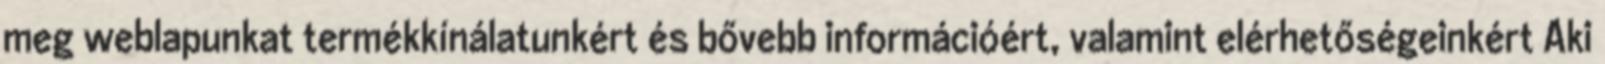
meg weblapunkat termékkínálatunkért és bővebb információért, valamint elérhetőségeinkért Aki